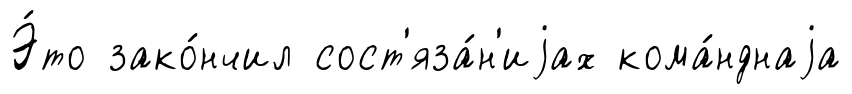
Э́то зако́нчил сост'яза́н'иjах кома́нднаjа